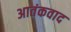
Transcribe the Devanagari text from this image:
अातंकवाद